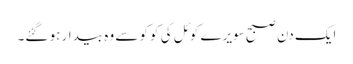
ایک دن صبح سویرے کوئل کی کوکو سے وہ بیدار ہو گئے۔